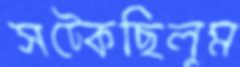
সট্‌কেছিলুম